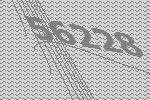
56228